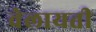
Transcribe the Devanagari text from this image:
वेलायती